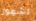
لشهور